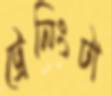
ট্রেনিংটা